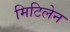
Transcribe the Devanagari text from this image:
मिटिलेन